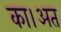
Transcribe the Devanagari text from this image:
का।अत